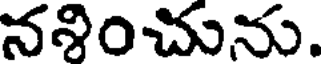
ననించును.